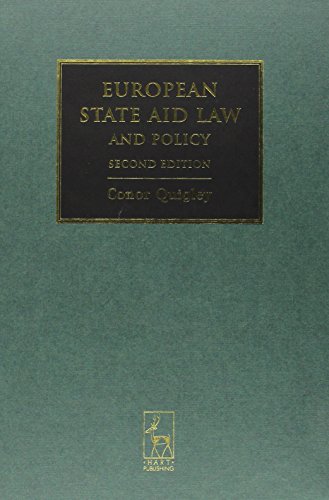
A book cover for European State Aid Law and Policy: Second Edition; Conor Quigley; Law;